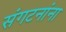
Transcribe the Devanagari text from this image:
संगटनांना